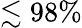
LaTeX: \lesssim 98\%